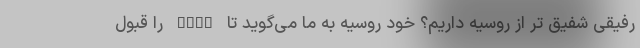
رفیقی شفیق تر از روسیه داریم؟ خود روسیه به ما می‌گوید تا fatf را قبول